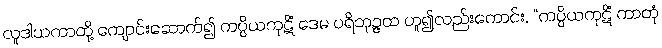
လူဒါယကာတို့ ကျောင်းဆောက်၍ ကပ္ပိယကုဋိံ ဒေမ ပရိဘုဉ္ဇထ ဟူ၍လည်းကောင်း, “ကပ္ပိယကုဋိံ ကာတုံ